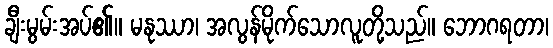
ချီးမွမ်းအပ်၏။ မနုဿာ၊ အလွန်မိုက်သောလူတို့သည်။ ဘောဂရတာ၊